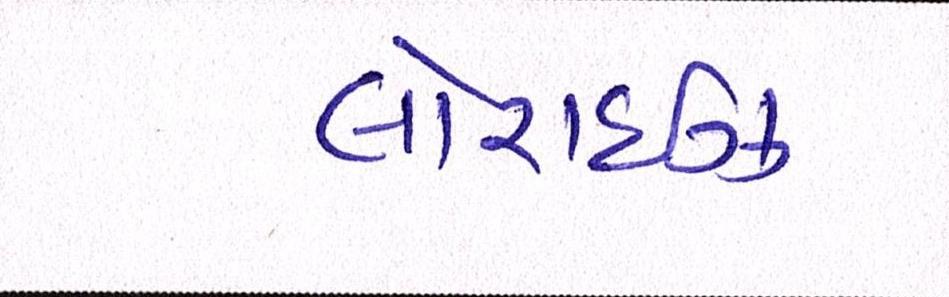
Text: લોરાઈઝ